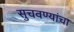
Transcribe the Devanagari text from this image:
सुचवण्यांचा